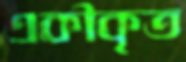
একীকৃত